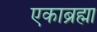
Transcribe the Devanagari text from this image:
एकाब्रह्मा